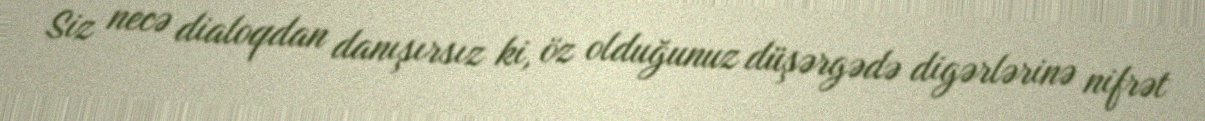
Siz necə dialoqdan danışırsız ki, öz olduğunuz düşərgədə digərlərinə nifrət